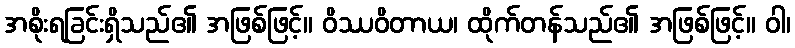
အစိုးရခြင်းရှိသည်၏ အဖြစ်ဖြင့်။ ဝိဿဝိတာယ၊ ထိုက်တန်သည်၏ အဖြစ်ဖြင့်။ ဝါ၊